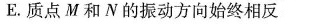
E。质点M和N的振动方向始终相反